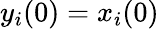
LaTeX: y_{i}(0)=x_{i}(0)